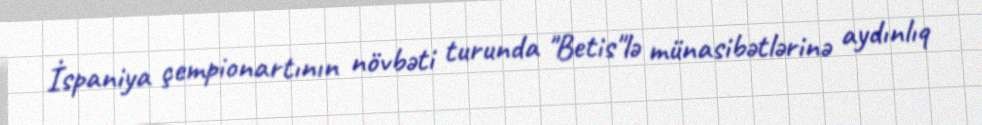
İspaniya çempionartının növbəti turunda "Betis"lə münasibətlərinə aydınlıq